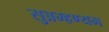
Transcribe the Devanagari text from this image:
सुब्रम्हण्यम